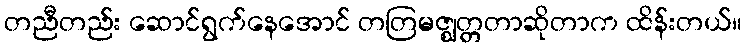
တညီတည်း ဆောင်ရွက်နေအောင် တတြမဇ္ဈတ္တတာဆိုတာက ထိန်းတယ်။